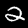
Label: 2